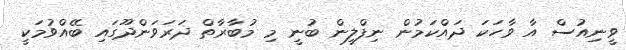
ވީނިއުސް އާ ވާހަކަ ދައްކަމުން ނިފްލީން ބުނީ މި މުބާރާތް ދަރަވަންދޫގައި ބޭއްވުމަކީ